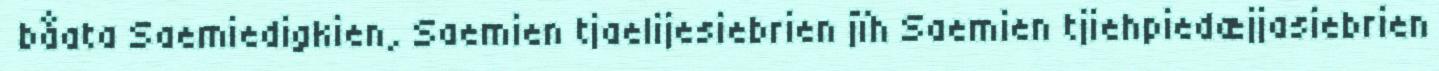
båata Saemiedigkien, Saemien tjaelijesiebrien jïh Saemien tjiehpiedæjjasiebrien